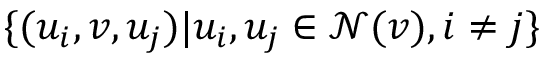
\{ ( u _ { i } , v , u _ { j } ) | u _ { i } , u _ { j } \in \mathcal { N } ( v ) , i \ne j \}